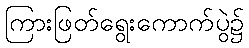
ကြားဖြတ်ရွေးကောက်ပွဲ၌